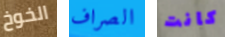
الخوخ الصراف كانت